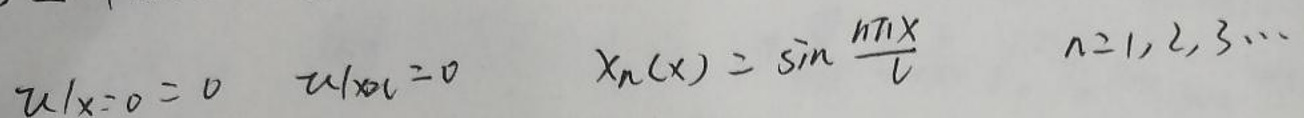
\[
u|_{x = 0} = 0,\quad u|_{x = l} = 0,\quad X_n(x)=\sin\frac{n\pi x}{l},\quad n = 1,2,3,\cdots
\]